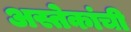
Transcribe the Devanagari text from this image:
अस्तेकांची